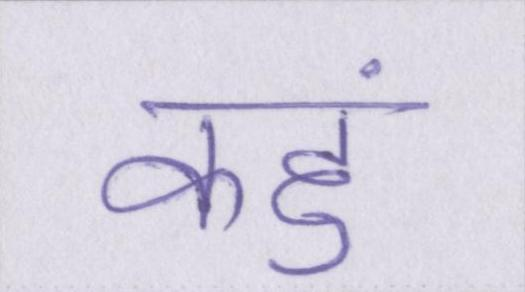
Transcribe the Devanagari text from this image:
कहुं